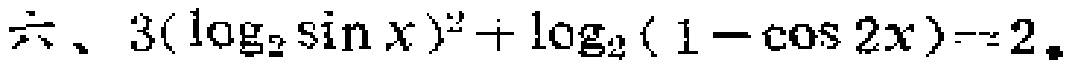
六、\(3(\log_{2}\sin x)^{2}+\log_{2}(1 - \cos 2x)=2\)